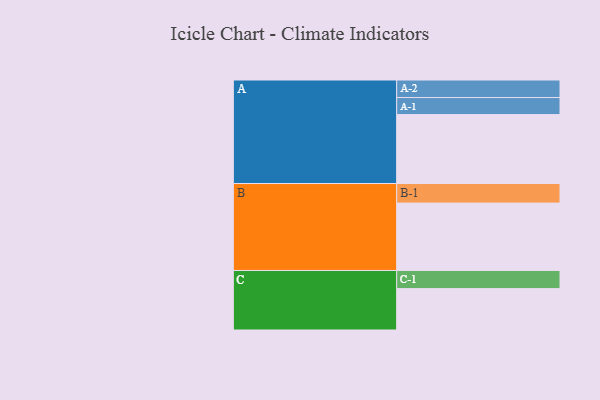
{"axis": {"x": "Segment", "y": "Value"}, "legend": ["", "A", "B", "C"], "data": [{"x": "A", "y": 578, "type": ""}, {"x": "B", "y": 565, "type": ""}, {"x": "C", "y": 347, "type": ""}, {"x": "A-1", "y": 143, "type": "A"}, {"x": "A-2", "y": 147, "type": "A"}, {"x": "B-1", "y": 164, "type": "B"}, {"x": "C-1", "y": 152, "type": "C"}]}